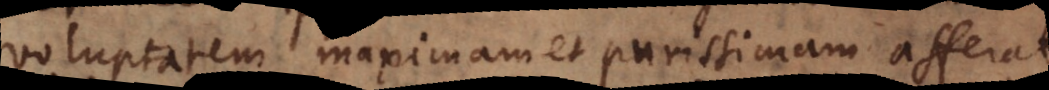
voluptatem maximam et purissimam afferat